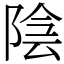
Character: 陰